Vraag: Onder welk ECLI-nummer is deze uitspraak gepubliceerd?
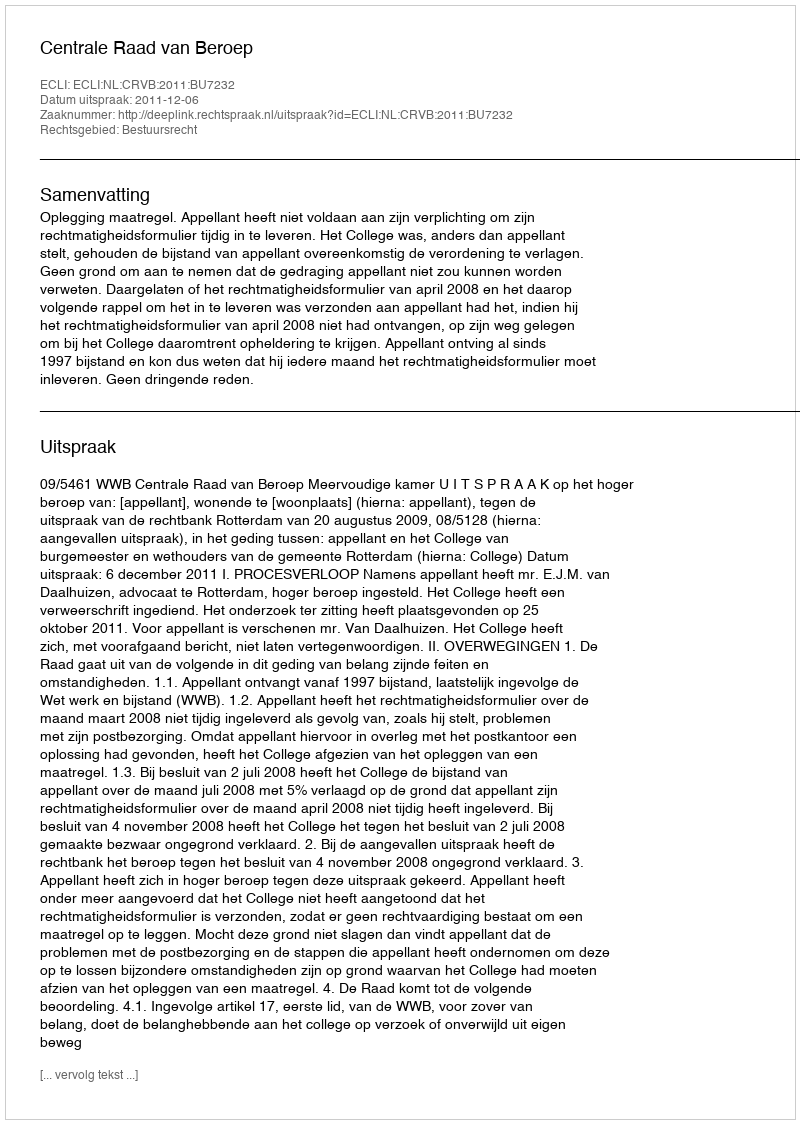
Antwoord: ECLI:NL:CRVB:2011:BU7232